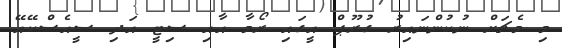
މި މެޗަށް ނުކުންނައިރު ގުރޫޕް އީގައި ރޯމާ އާއި ސިޓީ އަދި ސީއެސްކޭއޭ